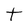
Character: t